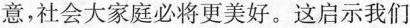
意，社会大家庭必将更美好。这启示我们